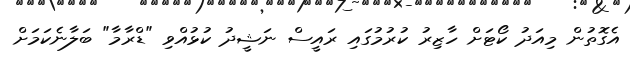
އެގޮތުން މިއަދު ކޯޓަށް ހާޒިރު ކުރުމުގައި ރައީސް ނަޝީދު ކުޅުއްވި "ޑްރާމާ" ބަލާނެކަމަށް